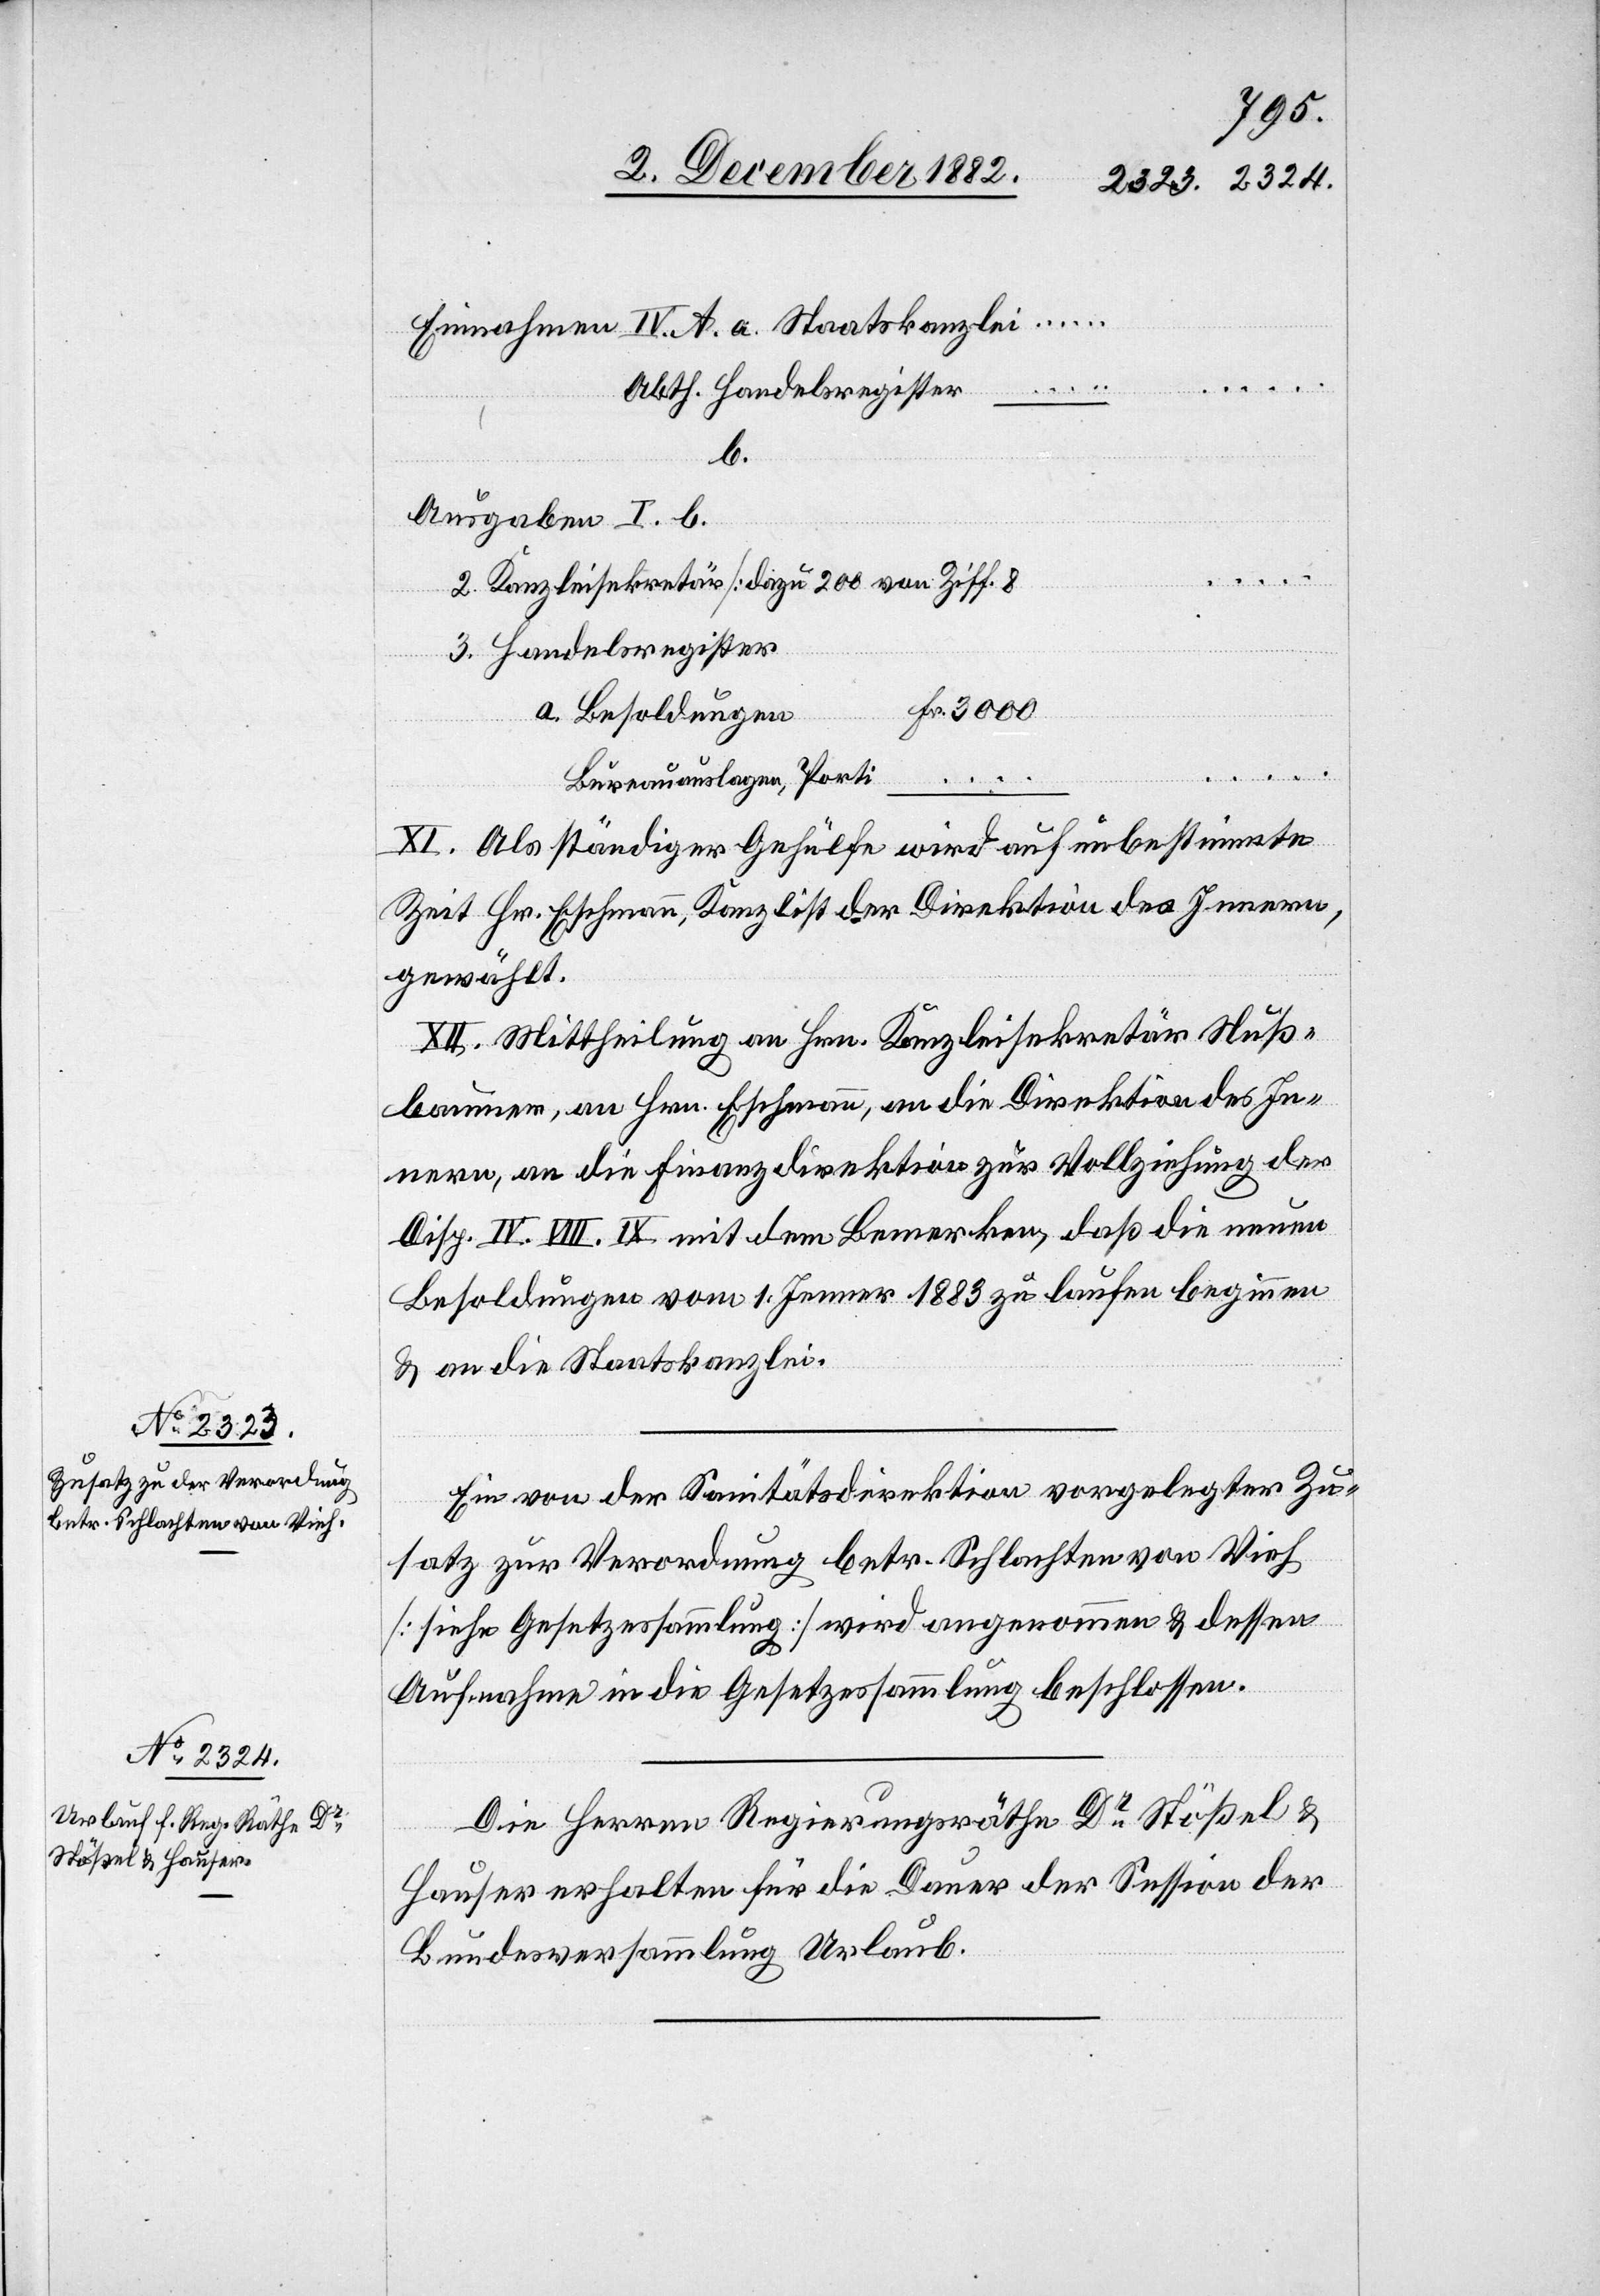
Einnahmen IV. A.
…
Abth. Handelsregister
b.
Ausgaben I. b.
2. Kanzleisekretär [dazu 200 von Ziff. 8]
3. Handelsregister
Fr. 3000
…
a. Besoldungen
Bureauauslagen, Porti
…
XI. Als ständiger Gehülfe wird auf unbestimmte
Zeit Hr. Eschmann, Kanzlist der Direktion des Innern,
gewählt.
XII. Mittheilung an Hrn. Kanzleisekretär Nuß¬
baumer, an Hrn. Eschmann, an die Direktion des In¬
nern, an die Finanzdirektion zur Vollziehung der
Disp. IV. VIII. IX. mit dem Bemerken, daß die neuen
Besoldungen vom 1. Jenner 1883 zu laufen beginnen
& an die Staatskanzlei.
Ein von der Sanitätsdirektion vorgelegter Zu¬
satz zur Verordnung betr. Schlachten von Vieh
[siehe Gesetzessammlung] wird angenommen & dessen
Aufnahme in die Gesetzessammlung beschlossen.
Die Herren Regierungsräthe Dr Stößel &
Hauser erhalten für die Dauer der Session der
Bundesversammlung Urlaub.